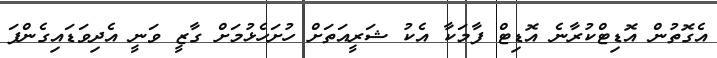
އެގޮތުން އޮޑިޓްކުރާނެ އޮޑިޓް ފާމަކާ އެކު ޝަރީއަތަށް ހުށަހެޅުމަށް ގާޒީ ވަނީ އެދިވަޑައިގެންފަ